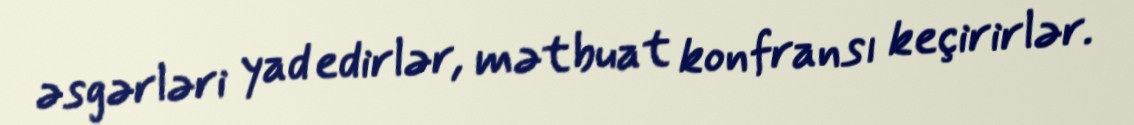
əsgərləri yad edirlər, mətbuat konfransı keçirirlər.